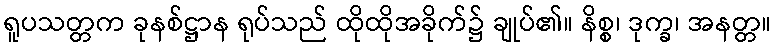
ရူပသတ္တက ခုနစ်ဋ္ဌာန ရုပ်သည် ထိုထိုအခိုက်၌ ချုပ်၏။ နိစ္စ၊ ဒုက္ခ၊ အနတ္တ။